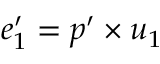
e _ { 1 } ^ { \prime } = p ^ { \prime } \times u _ { 1 }